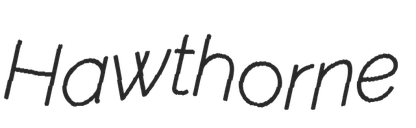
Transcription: Hawthorne